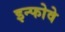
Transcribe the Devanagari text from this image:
इन्फोवे